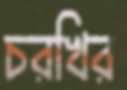
চরখির